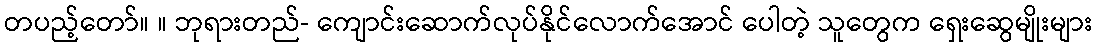
တပည့်တော်။ ။ ဘုရားတည်- ကျောင်းဆောက်လုပ်နိုင်လောက်အောင် ပေါတဲ့ သူတွေက ရှေးဆွေမျိုးများ